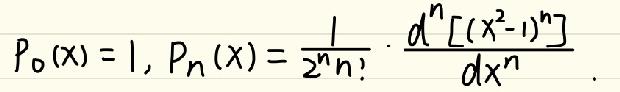
\[ P_0(x)=1, P_n(x)=\frac{1}{2^n n!}\cdot\frac{d^n[(x^2 - 1)^n]}{dx^n}. \]